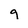
Character: g